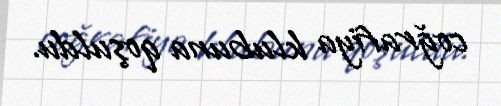
coğrafiya klubuna qoşuldu.